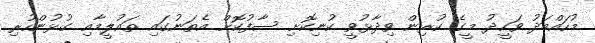
މުހައްމަދު ވަހީދު މީގެ ކުރިން ވިދާޅުވީ ކުނިކޮށި ސާފުކޮށް އެތަނުގައި ތައުލީމާއި ގުޅުންހުރި